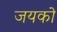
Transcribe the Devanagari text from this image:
जयको